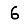
Digit: 6